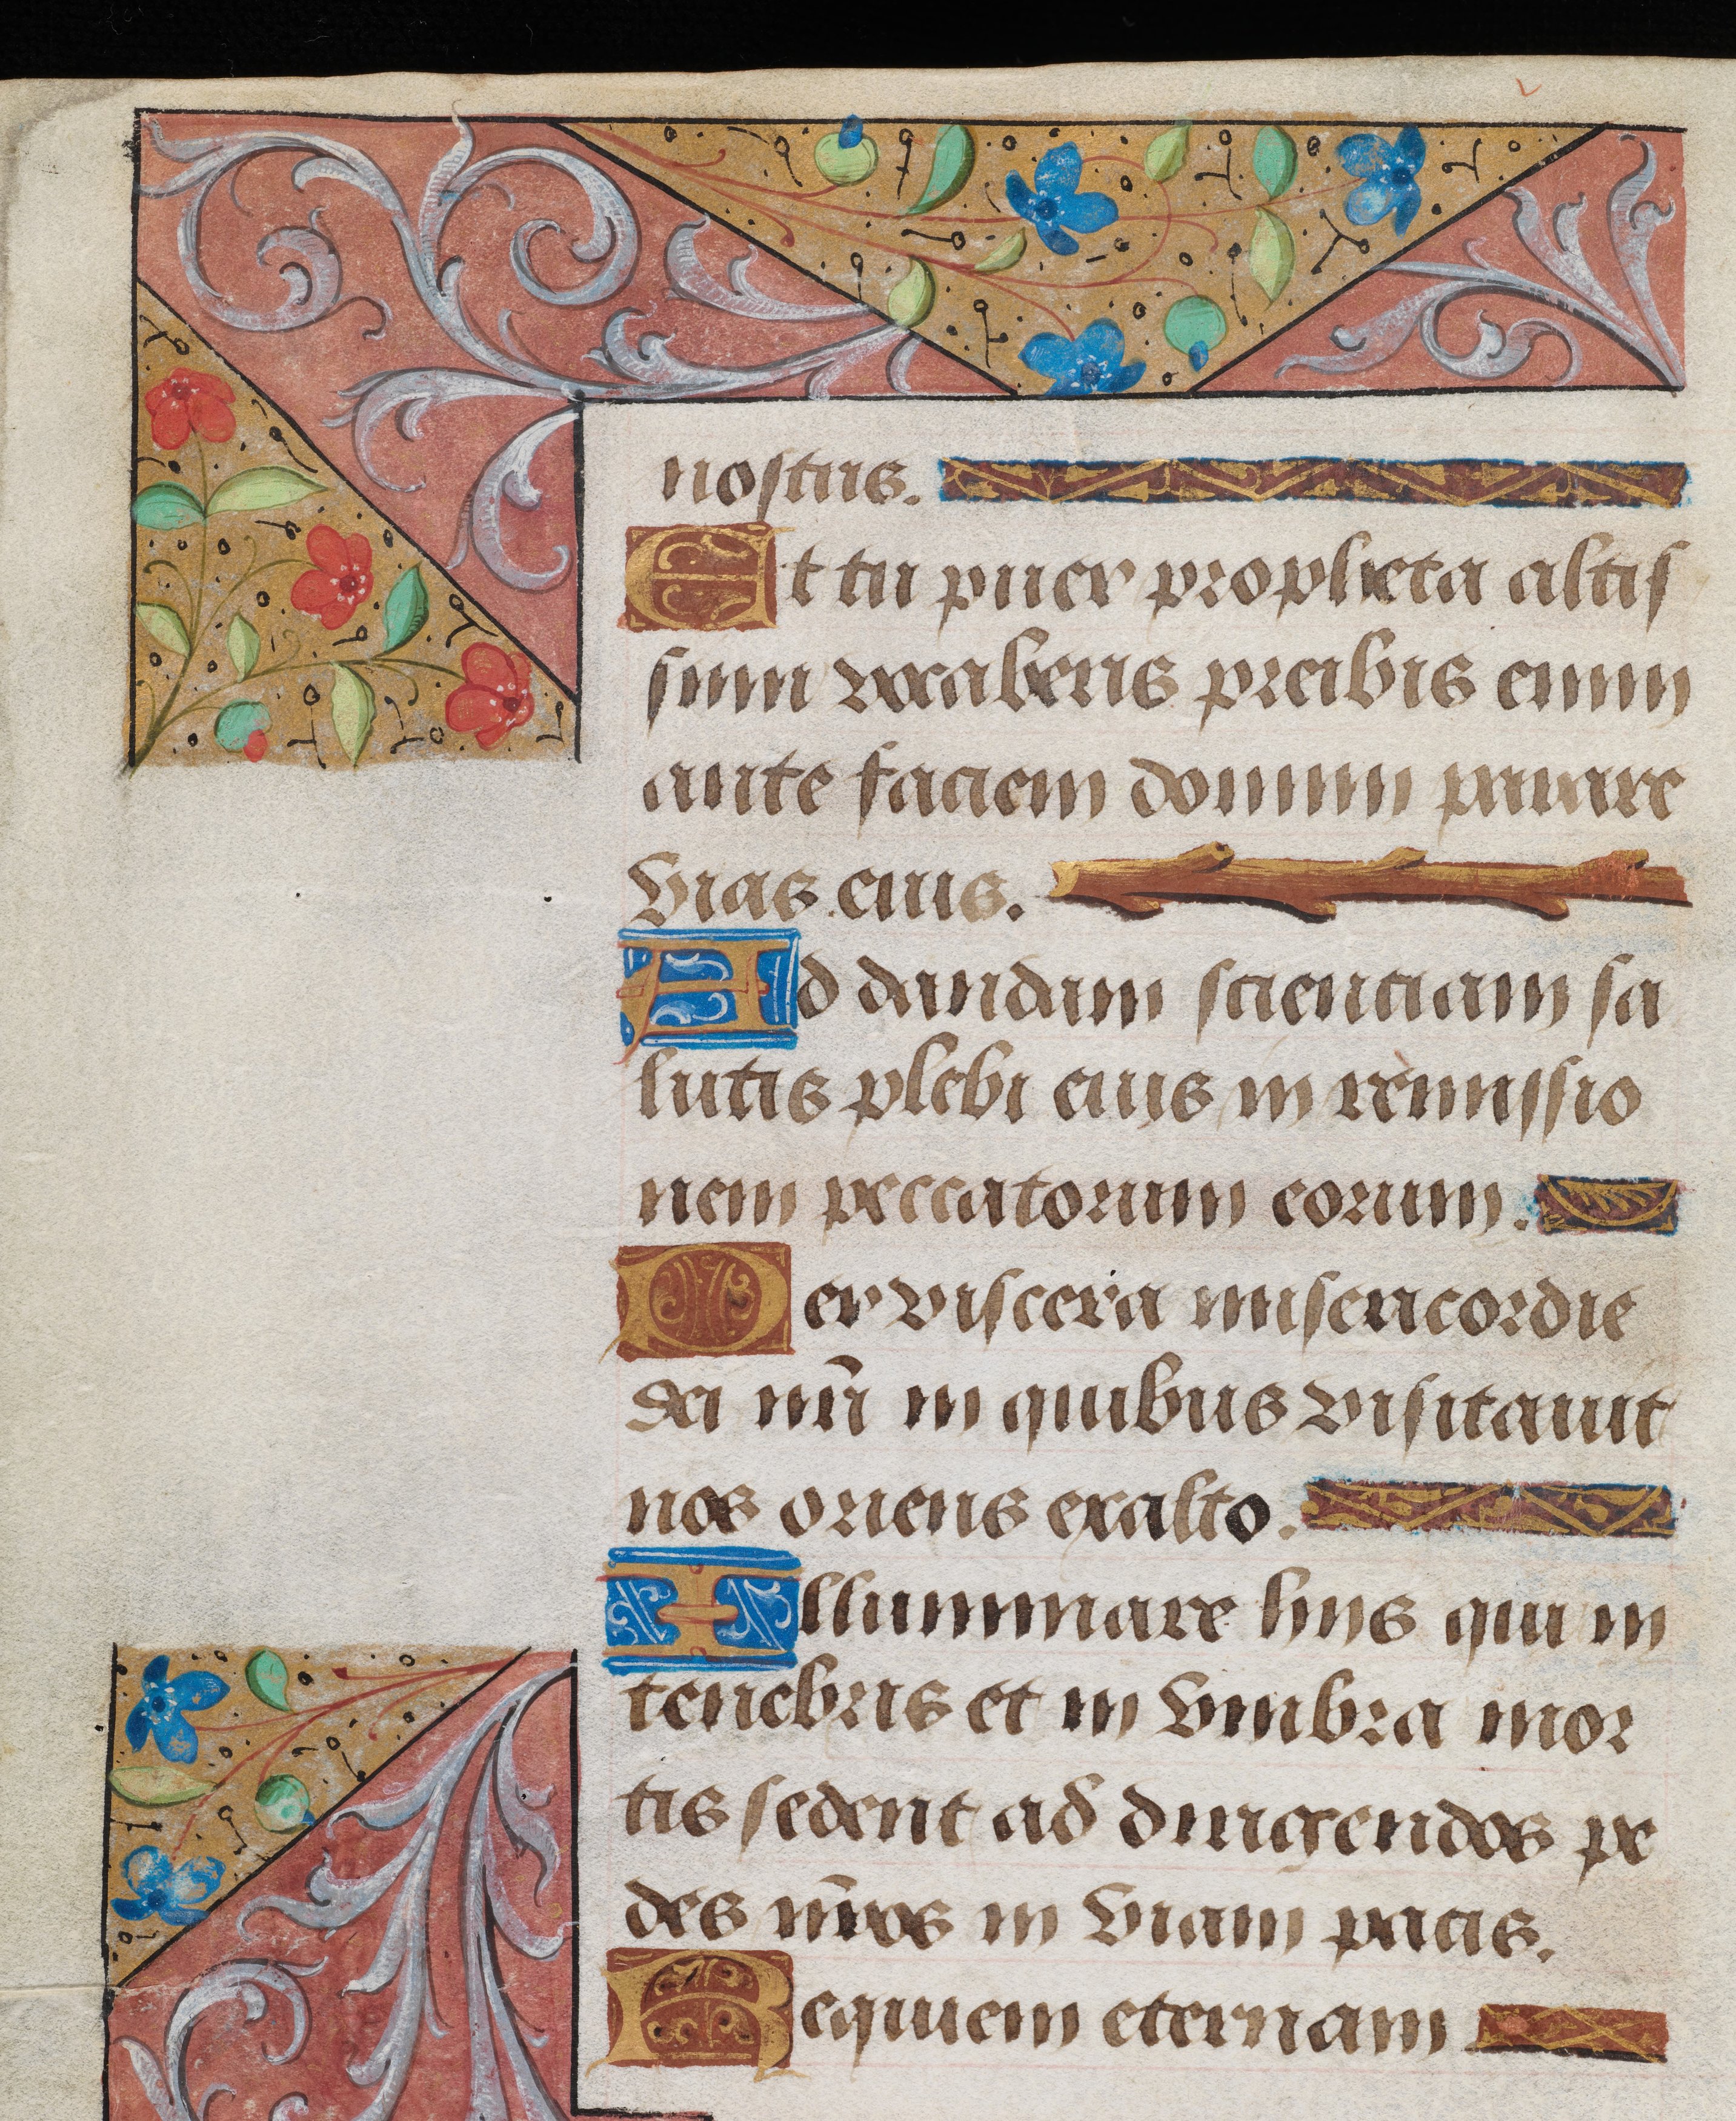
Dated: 1495–1498